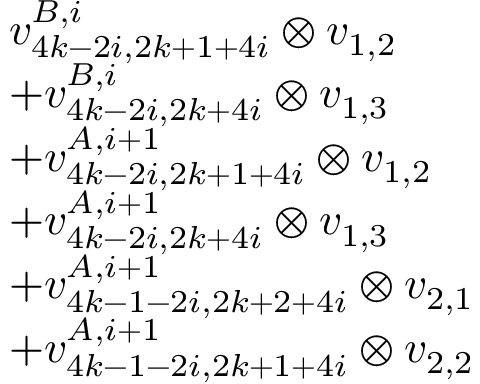
\begin{array} { r l } & { v _ { 4 k - 2 i , 2 k + 1 + 4 i } ^ { B , i } \otimes v _ { 1 , 2 } } \\ & { + v _ { 4 k - 2 i , 2 k + 4 i } ^ { B , i } \otimes v _ { 1 , 3 } } \\ & { + v _ { 4 k - 2 i , 2 k + 1 + 4 i } ^ { A , i + 1 } \otimes v _ { 1 , 2 } } \\ & { + v _ { 4 k - 2 i , 2 k + 4 i } ^ { A , i + 1 } \otimes v _ { 1 , 3 } } \\ & { + v _ { 4 k - 1 - 2 i , 2 k + 2 + 4 i } ^ { A , i + 1 } \otimes v _ { 2 , 1 } } \\ & { + v _ { 4 k - 1 - 2 i , 2 k + 1 + 4 i } ^ { A , i + 1 } \otimes v _ { 2 , 2 } } \end{array}